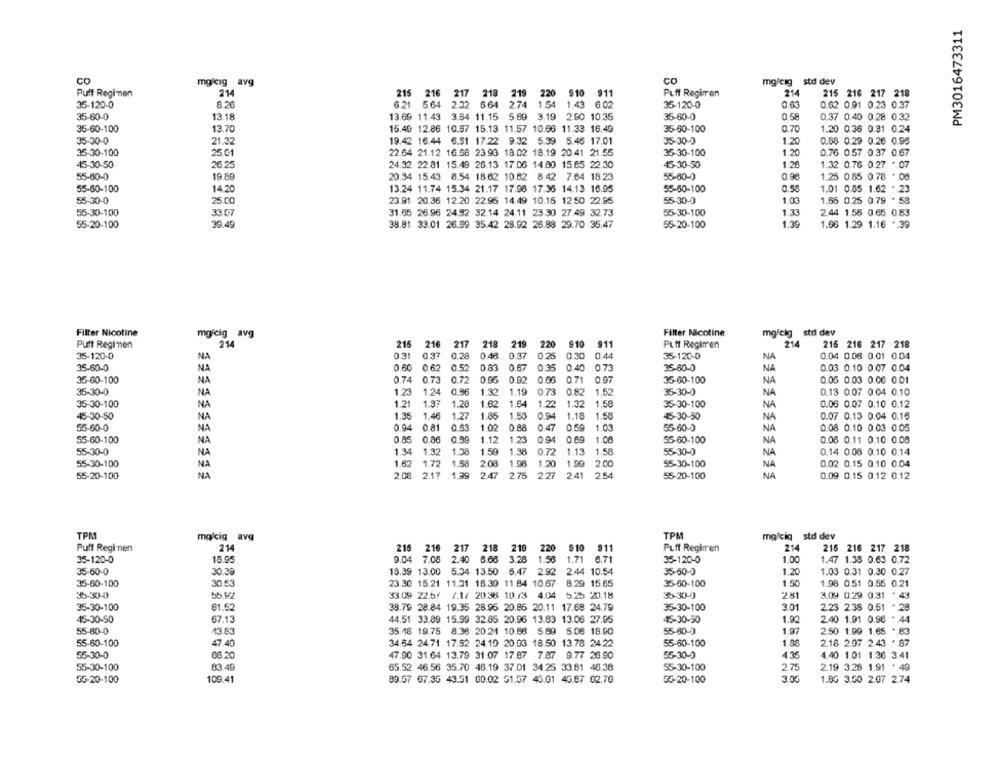
PM3016473311
CO
mg/cig avg
co
mg/cig std dev
214
214
Puff Regimen
215 216 217 218 219 220 910 911
Puff Regimen
215 216 217 218
35-120-0
8 26
6.21 5.64 2.32 6.64 2.74 1.54 1.43 6.02
35-120-0
0.63
0.62 0.91 0.23 0.37
35-60-0
35-60-0
13.18
13.69 11.43 3.64 11.15 5.69 3.19 2.90 10.35
0,58
0.37 0.40 0.28 0.32
35-60-100
13.70
15.40 12.86 10.57 15.13 11.57 10.66 11.33 16.49
35-60-100
0.70
1.20 0.36 0.31 0.24
35-30-0
21.32
19.42 16.44 6.51 17.22 9.32 5.39 5.46 17.01
35-30-0
1.20
0.68 0.29 0.26 0.95
35-30-100
25.01
22.64 21.12 16.68 23.93 18.02 18.19 20.41 21.55
35-30-100
1.20
0.76 0.57 0.37 0.67
45-30-50
26.25
24.32 22.81 15.49 26.13 17.06 14.80 15.65 22.30
45-30-50
1.20
1.32 0.76 0.27 * 07
20.34 15.43 8.54 18.62 10.82 8.42 7.64 18.23
55-60-0
0,90
1.25 0.85 0.78 *. 06
55-60-0
19.89
55-60-100
14,20
13.24 11.74 15.34 21.17 17.96 17.36 14.13 16.05
55-60-100
0.50
1.01 0.65 1.62 .. 23
1.03
55-30-0
25.00
23.91 20.36 12.20 22.96 14.49 10.15 12.50 22.95
55-30-0
1.65 0.25 0.79 * 5B
55-30-100
33.07
31.65 26.96 24.52 32.14 24.11 23.30 27.49 32.73
55-30-100
1.33
2.44 1.56 0.65 0.83
55-20-100
39.49
38.81 33.01 26.59 35.42 28.92 26.88 29.70 35.47
55-20-100
1.39
1.66 1.29 1.16 *. 39
Filter Nicotine
mg/cig avg
Filter Nicotine
mg/cig std dev
Puff Regimen
214
215 216
217 218 219 220 910
911
Puff Regimen
214
215 216 217 218
35-120-0
NA
0.31
0.37
0.28
0.48 0.37
0.25
0.30
0.44
35-120-0
NA
0.04 0.06 :0.01 0.04
0.52
35-60-0
NA
0.60
0.62
0.83
0.67
0.35
0.40
0.73
35-60-0
NA
0.03 0.10 0.07 0.04
35-60-100
NA
0.74
0.73
0.72
0.96 0.92 0.06
0.71
0.97
35-60-100
NA
0.05 0.03 0.06 0.01
35-30-0
NA
1.23
1 24
0.96
1.32
1.19
0.73
0.82
1.52
35-30-0
NA
0.13 0.07 0.04 0.10
35-30-100
1.21
1.3:
1.28
1.62
1.64
1.22
1.32
1.58
35-30-100
NA
0.06 0.07 0.10 0.12
NA
45-30-50
NA
1.35
1.46
1.27
1.85
1.53
0.94
1.18
1.58
45-30-50
NA
0.07 0.13 0.04 0.15
0.94
0.81
0.63
1.02
0.88
1.00
55-60-0
NA
55-60-0
NA
0.47
0.59
0.08 0.10 0.03 0.05
55-60-100
NA
0.85
0.86
0.99
1.12
1.23
0.94
0.89
1.00
55-60-100
NA
0.06 0.11 0.10 0.08
1.34
1.38
55-30-0
NA
1.92
1.38
1.59
0.72
1.13
1.58
55-30-0
NA
0.14 0.08 0.10 0.14
55-30-100
NA
1.62
1.72
1.58
2.08
1.98
1.20
1.00
2.00
55-30-100
NA
0.02 0.15 0.10 0.04
55-20-100
NA
2.08
2.17
1.39
247
2.75
227
2.41
2.54
55-20-100
NA
0.09 0.15 0.12 0.12
TPM
mg/cig avg
TPM
mg/cia std dev
Puff Regimen
214
216 216 217 218 219 220 910 911
Puff Regimen
21
215 216 217 218
35-120-0
18.95
9.04 7.08
2.40 6.66
3.28 1.56
1.71 6.71
35-120-0
1.00
1.47 1.38 0.63 0.72
35-60-0
30.39
18.39 13.00 5.34 13.50 6.47 2.92
35-50-0
1.20
2.44 10.54
1.03 0.31 0.30 0.27
35-60-100
30.53
23.30 15.21 11.31 15.30 11.84 10.67
8.29 15.65
35-60-100
1.50
1.98 0.51 0.55 0.21
35-30-0
22.81
55.92
53.09 225/ 7.1/ 20.38 10.73 4.04 5.25 20.18
5-30-0
3.09 0.29 0.31 * 43
35-30-100
61.52
38.79 28.84 19.35 28.96 20.85 20.11 17.68 24.79
35-30-100
3.01
223 2.38 0.51 * 28
45-30-50
67.13
44.51 33.89 15.59 32.85 20.96 13.83 13.06 27.95
45-30-50
1.92
2.40 1.91 0.98 ".44
55-80-0
13.83
35.18 19.75 8.36 20.21 10.66 5.69 5.06 18.00
55-60-0
1.97
2.50 1.00 1.65 * 63
55-60-100
47.40
34.64 24.71 17.52 24.19 20.93 18.50 13.78 24.22
55-60-100
1.88
218 2.97 2.43 . 87
55-30-0
47.90 31.64 13.79 31.07 17.87 7.87 9.77 26.90
55-30-0
4.35
4.40 1.01 1.36 3.41
66.20
55-30-100
83.49
65.52 46.56 35.70 46.19 37.01 34.25 33.81 46.38
55-30-100
2.75
2.19 3.26 1.91 * 49
55-20-100
109.41
89.57 07.35 43.51 00.02 51.57 46.01 45.87 02.70
55-20-100
3.00
1.85 3.50 2.07 2.74